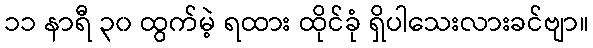
၁၁ နာရီ ၃၀ ထွက်မဲ့ ရထား ထိုင်ခုံ ရှိပါသေးလားခင်ဗျာ။